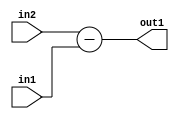
`timescale 1ps / 1ps
/*****************************************************************************
    Verilog RTL Description
    
    
    Created by: Stratus DpOpt 21.05.01 
*******************************************************************************/

module Filter_Sub_32Ux8U_32S_1 (
	in2,
	in1,
	out1
	); /* architecture "behavioural" */ 
input [31:0] in2;
input [7:0] in1;
output [31:0] out1;
wire [31:0] asc001;

assign asc001 = 
	+(in2)
	-(in1);

assign out1 = asc001;
endmodule

/* CADENCE  ubHyTQk= : u9/ySxbfrwZIxEzHVQQV8Q== ** DO NOT EDIT THIS LINE ******/